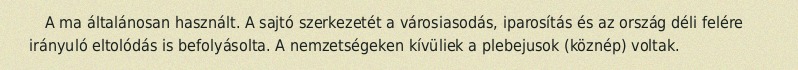
A ma általánosan használt. A sajtó szerkezetét a városiasodás, iparosítás és az ország déli felére irányuló eltolódás is befolyásolta. A nemzetségeken kívüliek a plebejusok (köznép) voltak.